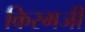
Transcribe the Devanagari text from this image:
किरमजी